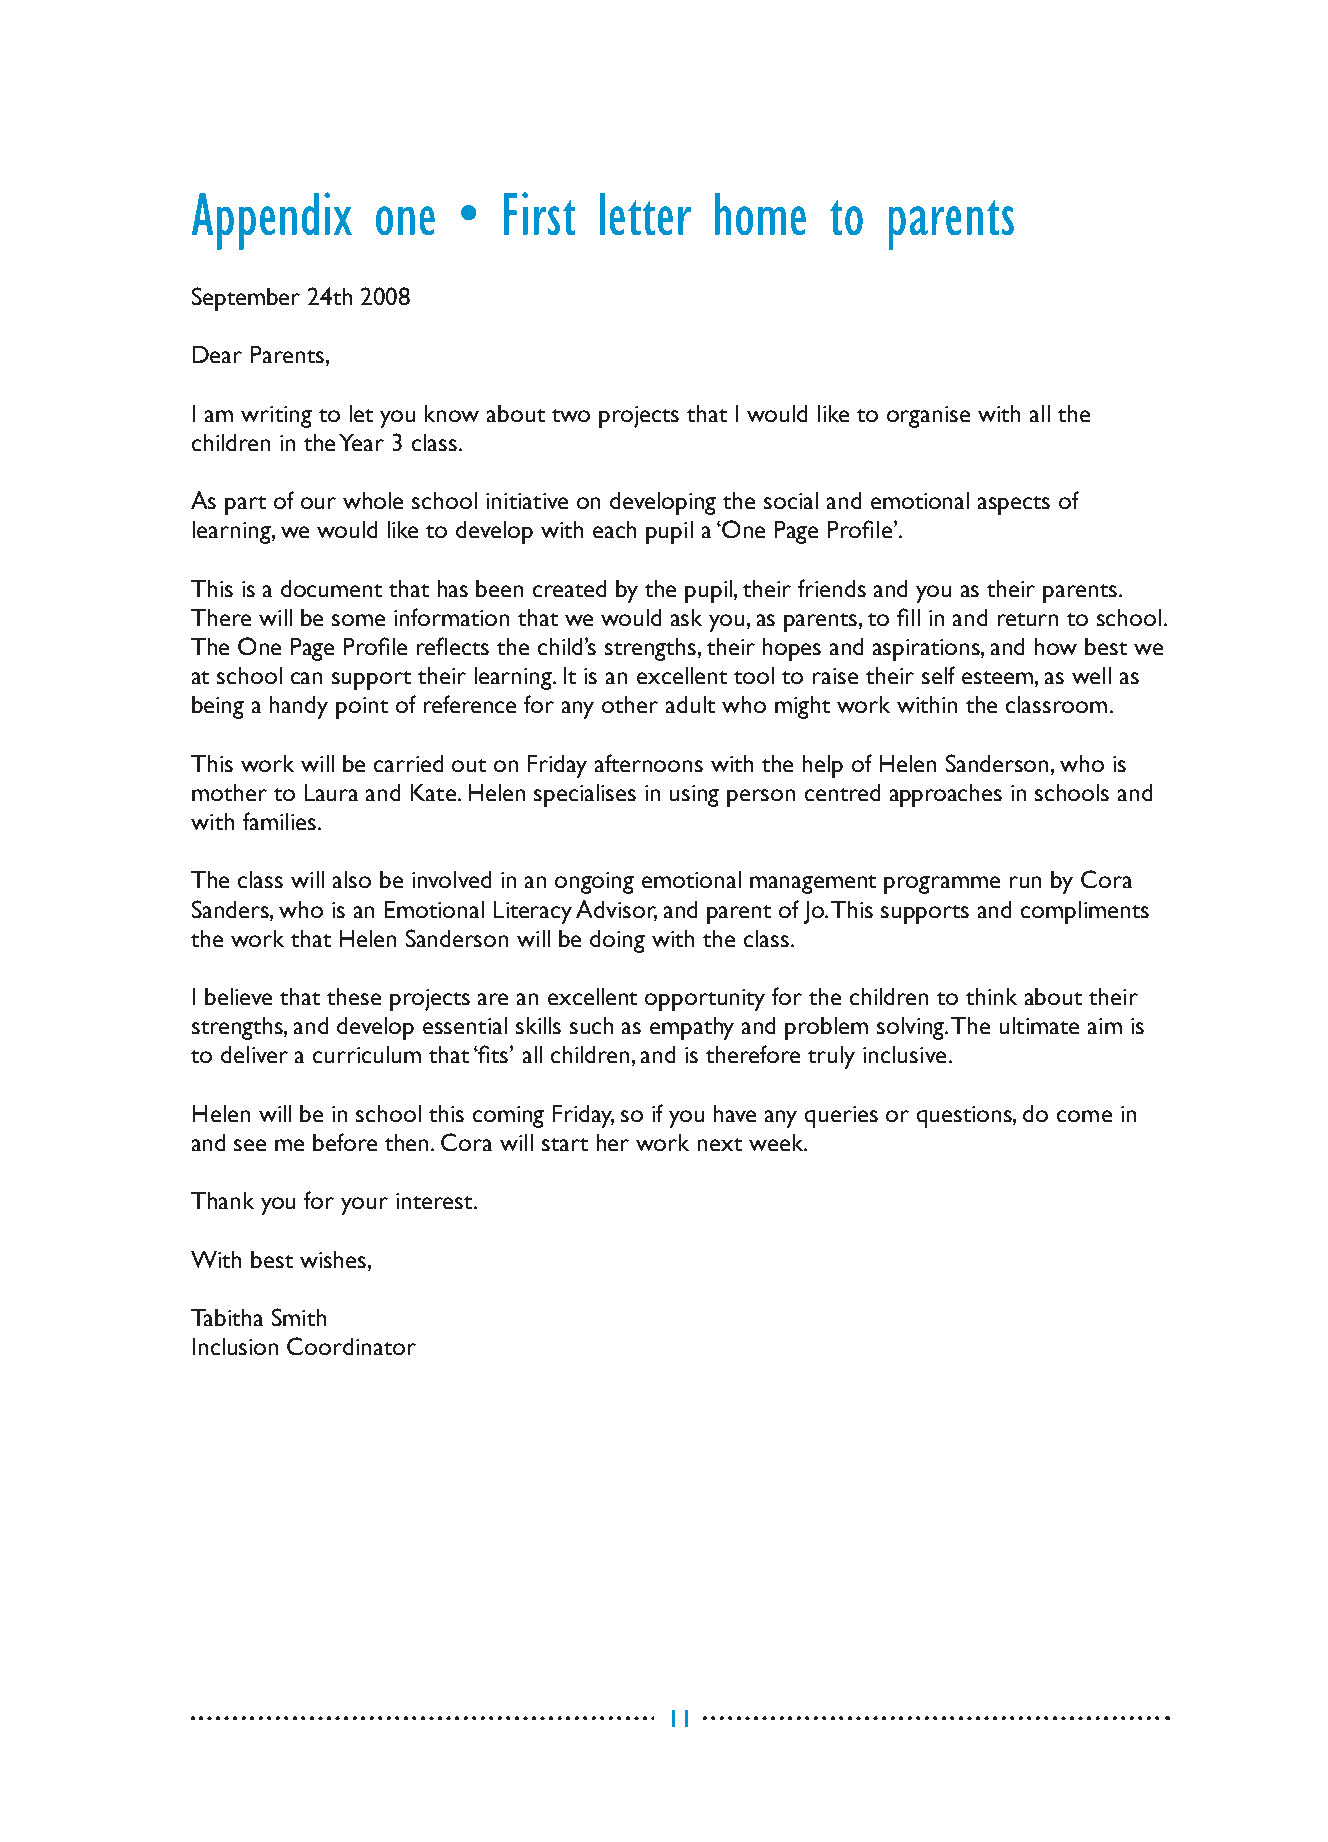
Appendix    one  •  First  letter home    to  parents
 September 24th 2008
 Dear Parents,
 I am writing to let you know about two projects that I would like to organise with all the
 children in the Year 3 class.
 As part of our whole school initiative on developing the social and emotional aspects of
 learning, we would like to develop with each pupil a ‘One Page Profile’.
 This is a document that has been created by the pupil, their friends and you as their parents.
 There will be some information that we would ask you, as parents, to fill in and return to school.
 The One Page Profile reflects the child’s strengths, their hopes and aspirations, and how best we
 at school can support their learning. It is an excellent tool to raise their self esteem, as well as
 being a handy point of reference for any other adult who might work within the classroom.
 This work will be carried out on Friday afternoons with the help of Helen Sanderson, who is
 mother to Laura and Kate. Helen specialises in using person centred approaches in schools and
 with families.
 The class will also be involved in an ongoing emotional management programme run by Cora
 Sanders, who is an Emotional Literacy Advisor, and parent of Jo. This supports and compliments
 the work that Helen Sanderson will be doing with the class.
 I believe that these projects are an excellent opportunity for the children to think about their
 strengths, and develop essential skills such as empathy and problem solving. The ultimate aim is
 to deliver a curriculum that ‘fits’ all children, and is therefore truly inclusive.
 Helen will be in school this coming Friday, so if you have any queries or questions, do come in
 and see me before then. Cora will start her work next week.
 Thank you for your interest.
 With best wishes,
 Tabitha Smith
 Inclusion Coordinator
 11